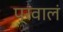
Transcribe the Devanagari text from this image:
प्रवालं